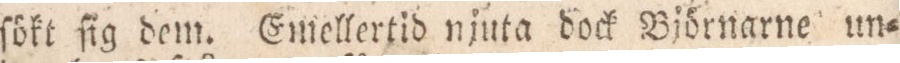
sökt ſig dem. Emellertid njuta dock Björnarne un=